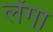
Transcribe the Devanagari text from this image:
लेंगा